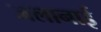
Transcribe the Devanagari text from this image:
जलानाई